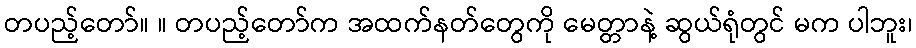
တပည့်တော်။ ။ တပည့်တော်က အထက်နတ်တွေကို မေတ္တာနဲ့ ဆွယ်ရုံတွင် မက ပါဘူး၊